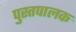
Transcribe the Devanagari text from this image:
पुस्तपालक